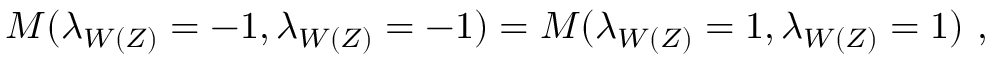
M ( \lambda _ { W ( Z ) } = - 1 , \lambda _ { W ( Z ) } = - 1 ) = M ( \lambda _ { W ( Z ) } = 1 , \lambda _ { W ( Z ) } = 1 ) ~ ,